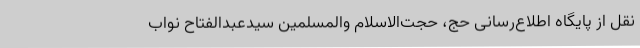
نقل از پایگاه اطلاع‌رسانی حج، حجت‌الاسلام والمسلمین سیدعبدالفتاح نواب